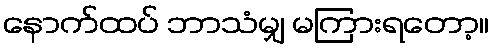
နောက်ထပ် ဘာသံမျှ မကြားရတော့။